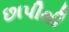
છાપીથી